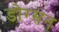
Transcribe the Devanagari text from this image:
डोग्सन